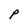
Character: p